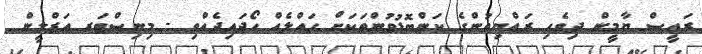
ރައީސް ޔާމީން ދިވެހި ރައްޔިތުންގެ ކަންބޮޑުވުންތަކަށް ހައްލެއް ހޯދައިދެއްވި - މިނިސްޓަރ އަޒްލީން